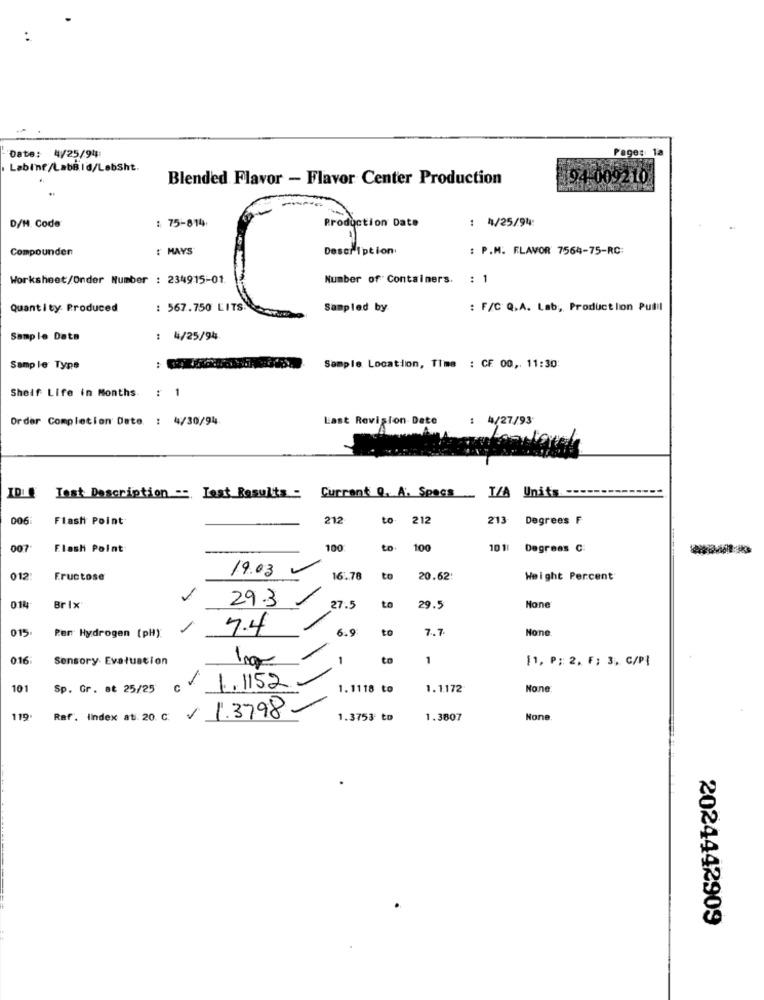
Page: 1a
Date: 4/25/94
· Labing/LabBld/LabSht.
Blended Flavor - Flavor Center Production
194-009210
: 75-814
Production Date
: 4/25/94:
D/H. Code
Compounden
: MAYS
Description
: P.M. FLAVOR 7564-75-RC:
Worksheet/Onder Number : 234915-01.
Number of Containers. : 1
Quanti ty Produced
: 567.750 LITS
Sampled by.
: F/C Q.A. Lab, Productlion Putil
Sample Data
: 4/25/94
Sample Type
:
Sample Location, Time : CF 00 ,. 11:30:
Shelf Life in Months.
-
Order Completion Date : 4/30/94
Last Revision Date
: 4/27/93
IDL
I/A Units
Test Description -- Test Results=
Currant Q. A. Spacs
006
Flash Point
212
to
212
213
Degrees F
007
Flash Point
100
to
100
101
Degreas C:
19.03
012
Fructose
16.78
to
20.62:
Weight Percent
29.3
014
Brix
27.5
to
29.5
Hone
015
Per Hydrogen (pH):
-
7.4
6.9
to
7.7
None.
016:
Sensory Evaluation
-
to
1
[1, P ;: 2, F; 3, C/PI
1.1152
101
Sp. Gr. at 25/25
1.1118 to
1.1172
119
Raf. Iindex at. 20. C:
V 1.3798
1.3753 to
1.3807
Hone
2024442909